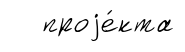
проjе́кта